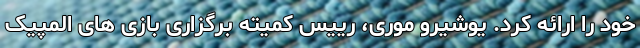
خود را ارائه کرد. یوشیرو موری، رییس کمیته برگزاری بازی های المپیک